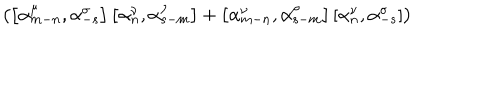
LaTeX: \left( \left[ { \alpha } _ { m - n } ^ { \mu } , { \alpha } _ { - s } ^ { \sigma } \right] \left[ { \alpha } _ { n } ^ { \nu } , { \alpha } _ { s - m } ^ { \rho } \right] + \left[ { \alpha } _ { m - n } ^ { \nu } , { \alpha } _ { s - m } ^ { \rho } \right] \left[ { \alpha } _ { n } ^ { \nu } , { \alpha } _ { - s } ^ { \sigma } \right] \right)